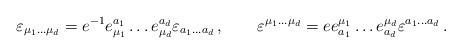
LaTeX: \begin{align*}\varepsilon_{\mu_1\ldots \mu_d}=e^{-1}e_{\mu_1}^{a_1}\ldots e_{\mu_d}^{a_d}\varepsilon_{a_1\ldots a_ d} \,,\qquad\varepsilon^{\mu_1\ldots \mu_d}=e e^{\mu_1}_{a_1}\ldots e^{\mu_d}_{a_d}\varepsilon^{a_1\ldots a_ d} \,.\end{align*}